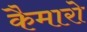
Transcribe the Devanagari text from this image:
कैमारो